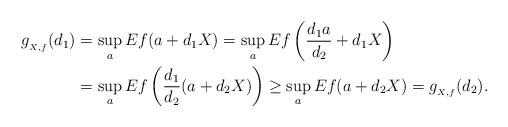
LaTeX: \begin{align*} \begin{aligned} g_{_{X,f}}(d_1)&=\sup_a Ef(a+d_1X) = \sup_a Ef\left(\frac{d_1a}{d_2}+d_1X\right) \\&= \sup_a Ef\left(\frac{d_1}{d_2}(a+d_2X)\right) \geq \sup_a Ef(a+d_2X) = g_{_{X,f}}(d_2). \end{aligned}\end{align*}